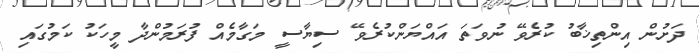
ދަށުން އިންތިޚާބު ކުރެވޭ ނުވަތަ އައްޔަންކުރެވޭ ސިޔާސީ މަގާމެއް ފުރަމުންދާ މީހަކު ކަމުގައި